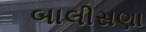
બાલીસણા